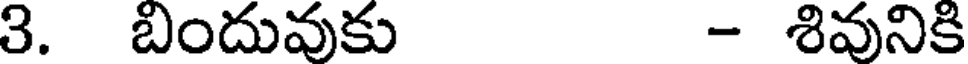
3. బిందువుకు - శివునికి